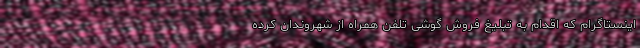
اینستاگرام که اقدام به تبلیغ فروش گوشی تلفن همراه از شهروندان کرده